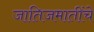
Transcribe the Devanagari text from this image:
जातिजमातींचे